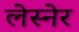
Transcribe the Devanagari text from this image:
लेस्नेर